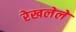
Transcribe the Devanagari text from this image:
रेखलेले